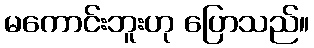
မကောင်းဘူးဟု ပြောသည်။